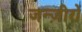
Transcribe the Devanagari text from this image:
जन्ज़ीरों